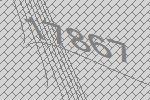
17867